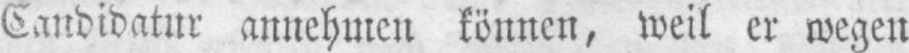
Candidatur annehmen können, weil er wegen